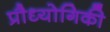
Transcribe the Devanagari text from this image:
प्रौध्योगिकी